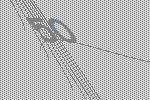
50